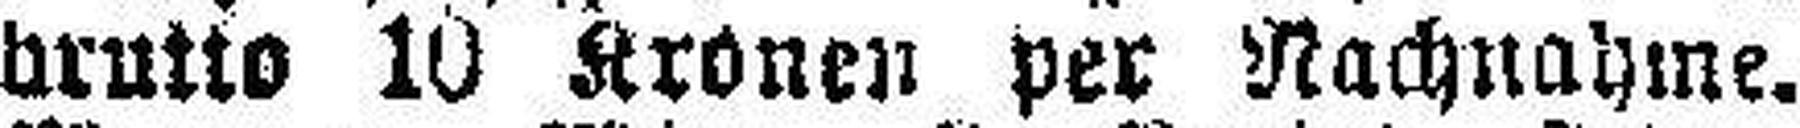
brutto 10 Kronen per Nachnahme.